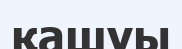
қашуы